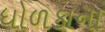
ધોળકાના